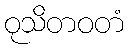
ဝုသိတဝတံ